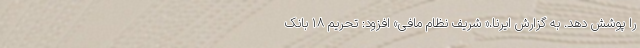
را پوشش دهد. به گزارش ایرنا،« شریف نظام مافی» افزود: تحریم ۱۸ بانک